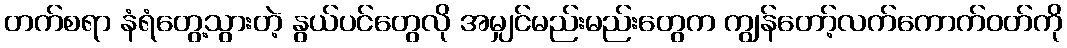
တက်စရာ နံရံတွေ့သွားတဲ့ နွယ်ပင်တွေလို အမျှင်မည်းမည်းတွေက ကျွန်တော့်လက်ကောက်ဝတ်ကို